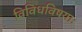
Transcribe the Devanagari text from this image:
विविधविषयाः